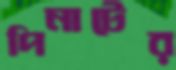
পিনাটের